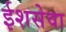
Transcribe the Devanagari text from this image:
ईशसेवा